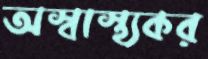
অস্বাস্থ্যকর